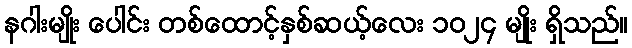
နဂါးမျိုး ပေါင်း တစ်ထောင့်နှစ်ဆယ့်လေး ၁၀၂၄ မျိုး ရှိသည်။